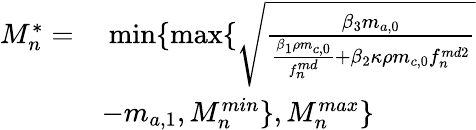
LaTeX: \begin{array}{rl}{M_{n}^{*}=}&{\ \textrm{min}\{ \textrm{max}\{ \sqrt{\frac{\beta_{3}m_{a,0}}{\frac{\beta_{1}\rho m_{c,0}}{f_{n}^{md}}+\beta_{2}\kappa\rho m_{c,0}f_{n}^{md2}}}}\\ &{-m_{a,1},M_{n}^{min}\} ,M_{n}^{max}\} }\end{array}